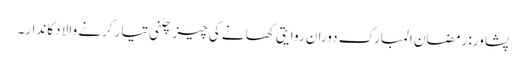
پشاور: رمضان المبارک دوران روایتی کھانے کی چیز چٹنی تیار کرنے والا دکاندار۔